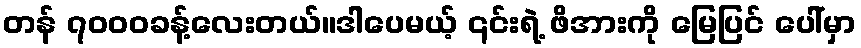
တန် ၇၀၀၀ခန့်လေးတယ်။ဒါပေမယ့် ၎င်းရဲ့ ဖိအားကို မြေပြင် ပေါ်မှာ